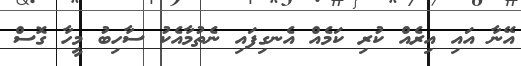
އޭނާ އައި އިރެއް ކުރި ކަމެއް އެނގިފައި ނެތުމާއެކު ސާހިބު މީހާ ގޮސް